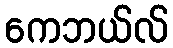
ကေဘယ်လ်